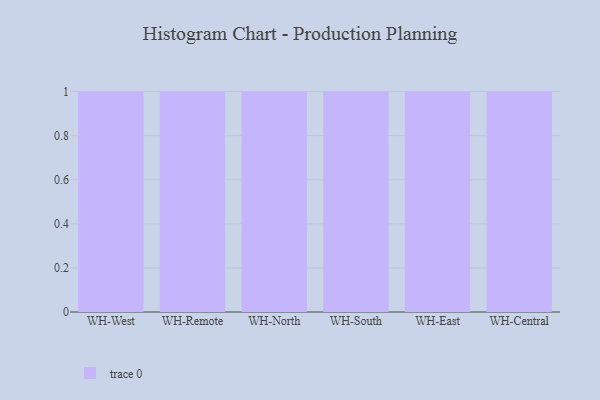
{"axis": {"x": "Warehouse", "y": "Customer Acquisition Cost (USD)"}, "legend": [""], "data": [{"x": "WH-West", "y": 97, "type": ""}, {"x": "WH-Remote", "y": 56, "type": ""}, {"x": "WH-North", "y": 49, "type": ""}, {"x": "WH-South", "y": 29, "type": ""}, {"x": "WH-East", "y": 81, "type": ""}, {"x": "WH-Central", "y": 25, "type": ""}]}